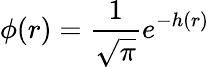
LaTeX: \phi(r)=\frac{1}{\sqrt{\pi}}e^{-h(r)}